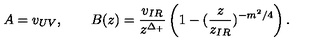
A = v _ { U V } , \qquad B ( z ) = \frac { v _ { I R } } { z ^ { \Delta _ { + } } } \left( 1 - ( \frac { z } { z _ { I R } } ) ^ { - m ^ { 2 } / 4 } \right) .